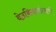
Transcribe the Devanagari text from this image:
वेठबिगारांप्रमाणे